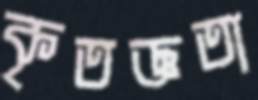
কৃতজ্ঞতা